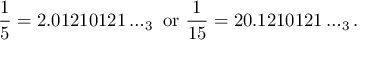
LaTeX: { \frac { 1 } { 5 } } = 2 . 0 1 2 1 0 1 2 1 \dots _ { 3 } { \mathrm { ~ o r ~ } } { \frac { 1 } { 1 5 } } = 2 0 . 1 2 1 0 1 2 1 \dots _ { 3 } .